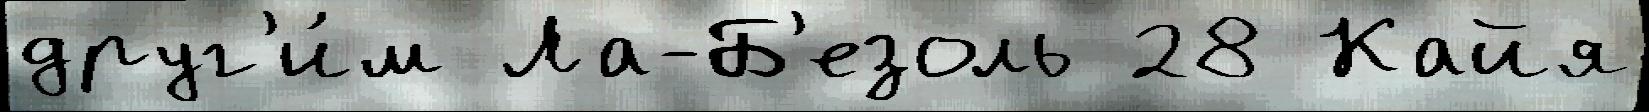
друг'и́м Ла-Б'езоль 28 Кайя